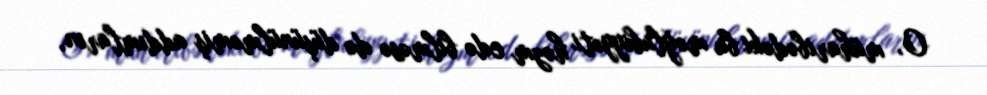
O, müharibədəki bu məğlubiyyəti həzm edə bilməsə də düşünülməmiş addımların,